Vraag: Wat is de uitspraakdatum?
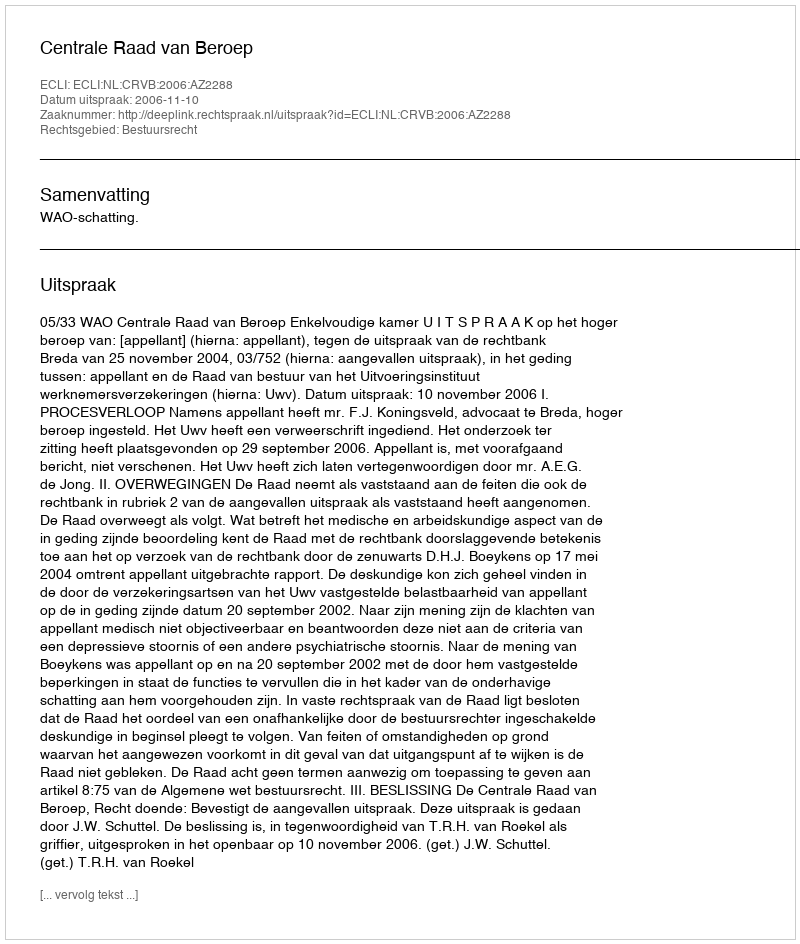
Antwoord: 2006-11-10